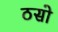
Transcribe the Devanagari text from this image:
ठसो